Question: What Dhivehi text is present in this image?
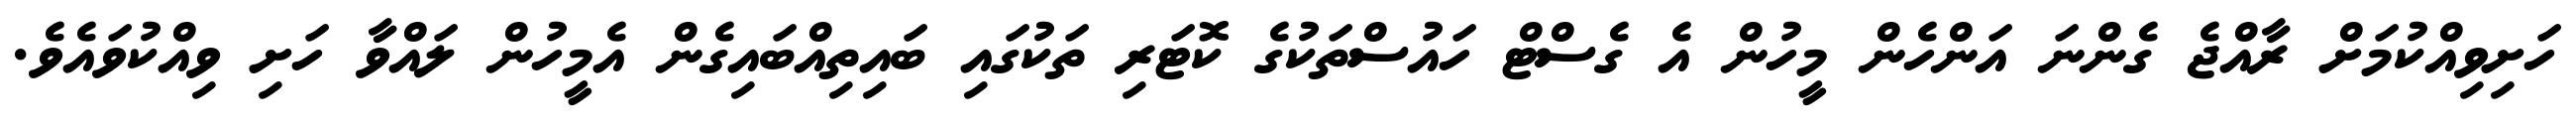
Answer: ހަށިވިއްކުމަށް ރާއްޖެ ގެންނަ އަންހެން މީހުން އެ ގެސްޓް ހައުސްތަކުގެ ކޮޓަރި ތަކުގައި ބައިތިއްބައިގެން އެމީހުން ލައްވާ ހަށި ވިއްކުވައެވެ.